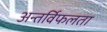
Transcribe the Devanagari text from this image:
अन्तर्विफलता